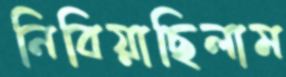
নিবিয়াছিলাম